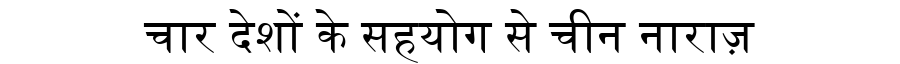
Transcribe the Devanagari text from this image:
चार देशों के सहयोग से चीन नाराज़